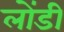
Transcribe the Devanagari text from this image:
लोंडी